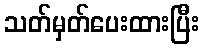
သတ်မှတ်ပေးထားပြီး